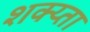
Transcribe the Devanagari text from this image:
शक्य्ता